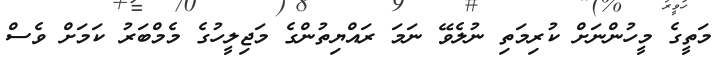
މަތީގެ މީހުންނަށް ކުރިމަތި ނުލެވޭ ނަމަ ރައްޔިތުންގެ މަޖިލީހުގެ މެމްބަރު ކަމަށް ވެސް